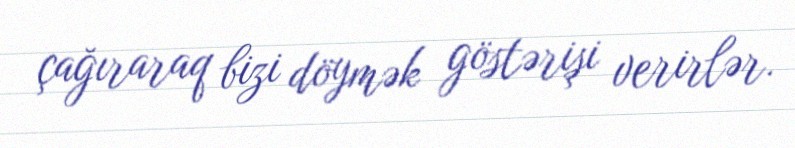
çağıraraq bizi döymək göstərişi verirlər.